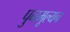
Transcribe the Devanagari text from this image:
पुनमूल्यन